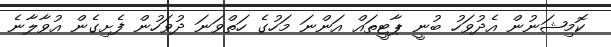
ކޮމިޝަނުން އެދުވަހު ބުނީ ޕާޓީތައް އަންނަ މަހުގެ ހަތްވަނަ ދުވަހުން ފެށިގެން އުވާލާނެ